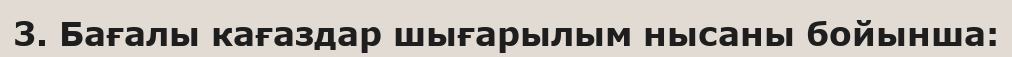
3. Бағалы кағаздар шығарылым нысаны бойынша: